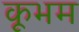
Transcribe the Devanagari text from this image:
कूभम